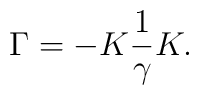
\Gamma =-K\frac{1}{\gamma }K.